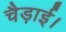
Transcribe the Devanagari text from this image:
चैड़ाई।